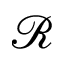
\mathcal { R }